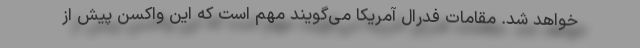
خواهد شد. مقامات فدرال آمریکا می‌گویند مهم است که این واکسن پیش از